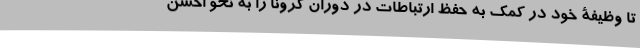
تا وظیفۀ خود در کمک به حفظ ارتباطات در دوران کرونا را به نحو احسن